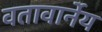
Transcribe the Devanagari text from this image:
वतावार्नेय